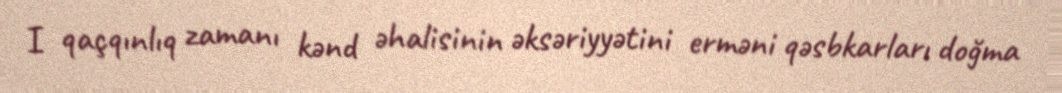
I qaçqınlıq zamanı kənd əhalisinin əksəriyyətini erməni qəsbkarları doğma